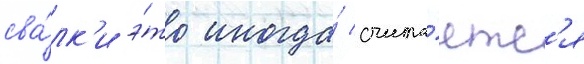
сва́лк'и э́то иногда́ счита́етс'я